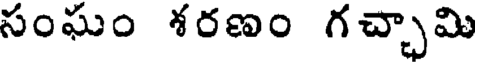
సంఘం శరణం గచ్చామి